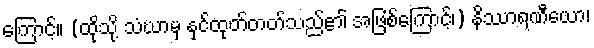
ကြောင့်။ (ထိုသို့ သံဃာမှ နှင်ထုတ်တတ်သည်၏ အဖြစ်ကြောင့်၊) နိဿာရဏီယော၊